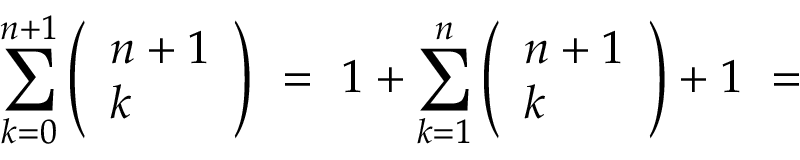
\begin{array} { r l r } { \lefteqn { \sum _ { k = 0 } ^ { n + 1 } \left( \begin{array} { l } { n + 1 } \\ { k } \end{array} \right) \ = \ 1 + \sum _ { k = 1 } ^ { n } \left( \begin{array} { l } { n + 1 } \\ { k } \end{array} \right) + 1 \ = } } \end{array}